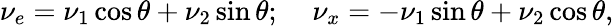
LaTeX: \nu_{e}=\nu_{1}\cos\theta+\nu_{2}\sin\theta;\; \; \; \; \nu_{x}=-\nu_{1}\sin\theta+\nu_{2}\cos\theta,